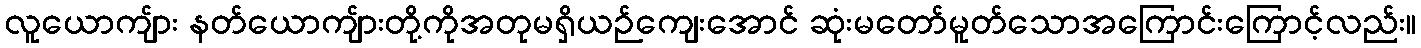
လူယောကျ်ား နတ်ယောကျ်ားတို့ကိုအတုမရှိယဉ်ကျေးအောင် ဆုံးမတော်မူတ်သောအကြောင်းကြောင့်လည်း။